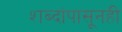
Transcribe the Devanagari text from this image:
शब्दांपासूनही